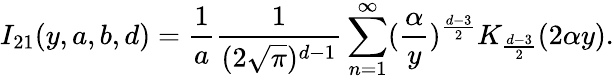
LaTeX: I_{21}(y,a,b,d)=\frac{1}{a}\frac{1}{(2\sqrt{\pi})^{d-1}}\sum_{n=1}^{\infty}(\frac{\alpha}{y})^{\frac{d-3}{2}}K_{\frac{d-3}{2}}(2\alpha y).